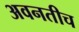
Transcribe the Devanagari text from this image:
अवनतीच